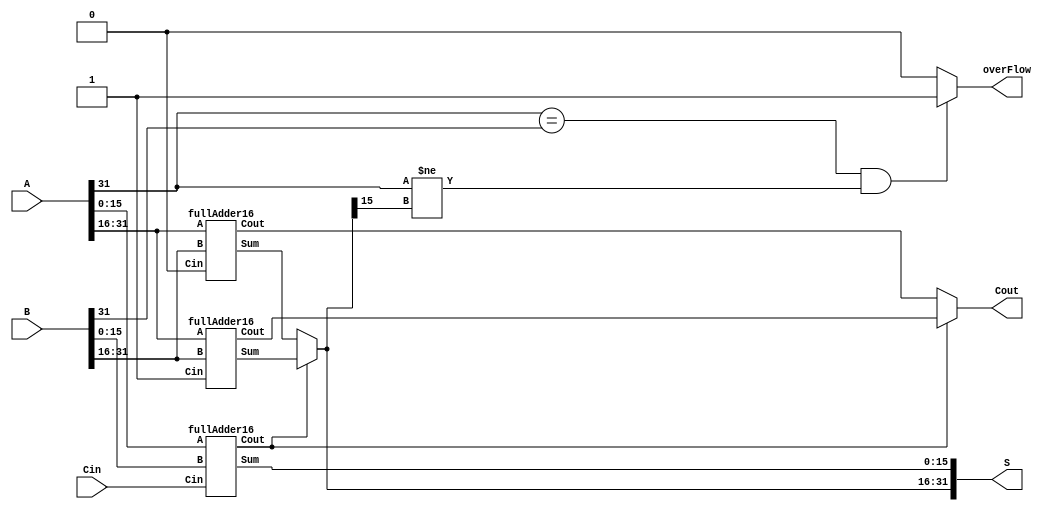
module carrySelectAdder(
    input [31:0] A,
    input [31:0] B,
    input Cin,
    output reg [31:0] S,
    output reg  Cout,
    output overFlow

);

    wire [15:0] sumSignal;
    wire carrySelectSignal;
    wire [15:0] sumLeft;
    wire carryLeft;
    wire [15:0] sumRight;
    wire carryRight;

    fullAdder16 FA0(.A(A[15:0]), .B(B[15:0]), .Cin(Cin), .Sum(sumSignal), .Cout(carrySelectSignal));    
    fullAdder16 FA2(.A(A[31:16]), .B(B[31:16]), .Cin(1'b1), .Sum(sumLeft), .Cout(carryLeft));       // Left
    fullAdder16 FA1(.A(A[31:16]), .B(B[31:16]), .Cin(1'b0), .Sum(sumRight), .Cout(carryRight));     // Right

    always @(*) begin
        S[15:0] = sumSignal;
        if (carrySelectSignal == 0) begin
            S[31:16] = sumRight;
            Cout = carryRight;
        end
        else begin
            S[31:16] = sumLeft;
             Cout = carryLeft;
        end
    end
    assign overFlow = (A[31] == B[31] && A[31] != S[31]) ? 1'b1 : 1'b0;
  
endmodule

module fullAdder16(
    input [15:0] A,
    input [15:0] B,
    input Cin,
    output [15:0] Sum,
    output Cout
);

    wire [15:0] carry;

    genvar i;
    generate
        for (i = 0; i < 16; i = i + 1) begin : gen_full_adders
            fullAdder FA(.A(A[i]), .B(B[i]), .Cin(i == 0 ? Cin : carry[i - 1]), .Sum(Sum[i]), .Cout(carry[i]));
        end
    endgenerate

    assign Cout = carry[15];

endmodule

module fullAdder(
    input A,
    input B,
    input Cin,
    output Sum,
    output Cout
);

    wire w1, w2, w3;
    
    // XOR gates for sum generation
    assign w1 = A ^ B;
    assign Sum = w1 ^ Cin;


    // AND gates for carry generation
    assign w2 = A & B;
    assign w3 = w1 & Cin;
    assign Cout = w3 | w2;

endmodule